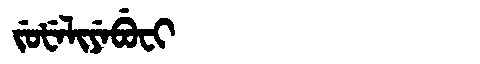
Manchu: ᠵᡠᡶᡝᠯᡳᠶᡝᠪᡠᠸᡳ
Romanization: JUFELIYEBUFI